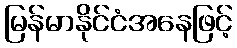
မြန်မာနိုင်ငံအနေဖြင့်